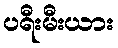
ပရီးမီးယား